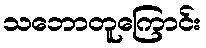
သဘောတူကြောင်း